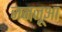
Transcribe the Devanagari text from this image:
जनजूआ